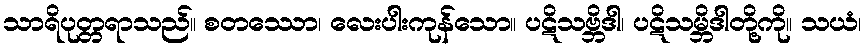
သာရိပုတ္တရာသည်။ စတဿော၊ လေးပါးကုန်သော။ ပဋိသဗ္ဘိဒါ၊ ပဋိသမ္ဘိဒါတို့ကို။ သယံ၊